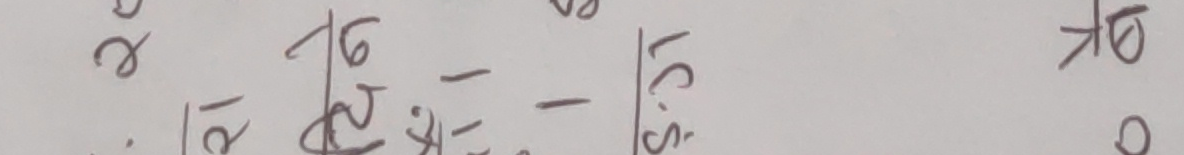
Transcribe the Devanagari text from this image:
ल.२१
५.२७ - 
१       ८.३१
ok